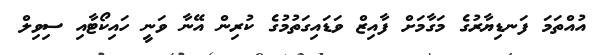
އުއްތަމަ ފަނޑިޔާރުގެ މަގާމަށް ފާއިޒް ވަޑައިގަތުމުގެ ކުރިން އޭނާ ވަނީ ހައިކޯޓާއި ސިވިލް